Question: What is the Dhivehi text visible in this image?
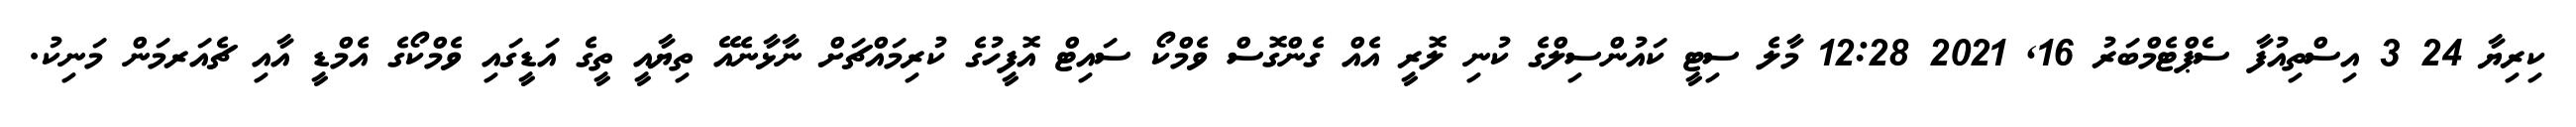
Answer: ކިރިޔާ 24 3 އިސްތިއުފާ ސެޕްޓެމްބަރު 16, 2021 12:28 މާލެ ސިޓީ ކައުންސިލްގެ ކުނި ލޮރީ އެއް ގެންގޮސް ވެމްކޯ ސައިޓް އޮފީހުގެ ކުރިމައްޗަށް ނާޅާނެއޭ ތިޔާއީ ތީގެ އަޑީގައި ވެމްކޯގެ އެމްޑީ އާއި ޗެއަރމަން މަނިކު.